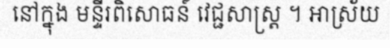
នៅក្នុង មន្ទីរពិសោធន៍ វេជ្ជសាស្ត្រ ។ អាស្រ័យ